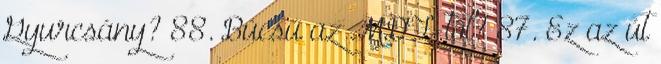
Gyurcsány? 88. Búcsú az MDF-től? 87. Ez az út